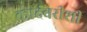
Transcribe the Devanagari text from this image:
कादंबरीशी